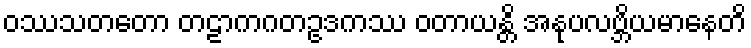
ဝဿသတတော တဠာကဂတဥဒကဿ ဝတာယန္တိ အနုပလဗ္ဘိယမာနေတိ